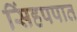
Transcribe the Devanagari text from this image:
सिंहपपात